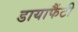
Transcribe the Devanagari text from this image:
डायाफैंटी